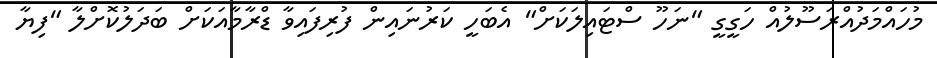
މުހައްމަދުއްރަސޫލުއް ހަގީގީ "ނަހޫ ސްޓައިލަކަށް" އެބަހީ ކަރުނައިން ފުރިފައިވާ ޑްރާމާއަކަށް ބަދަލުކޮށްލާ "ފިޔާ